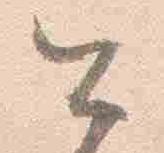
公